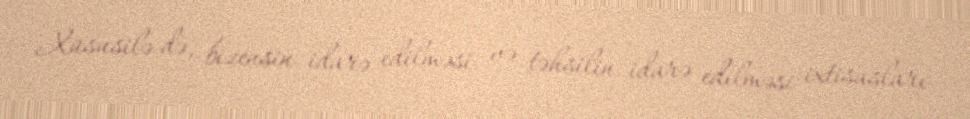
Xüsusilə də, bizensin idarə edilməsi və təhsilin idarə edilməsi ixtisasları